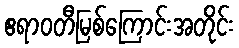
ဧရာဝတီမြစ်ကြောင်းအတိုင်း